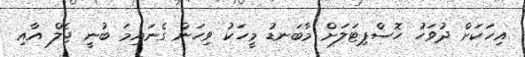
އިހަކަށް ދުވަހު ހޮސްޕިޓަލަށް މާބަނޑު މީހަކު ވިހަން ގެނައިމަ ބުނީ ޖެލް އާއި